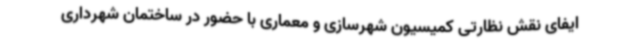
ایفای نقش نظارتی کمیسیون شهرسازی و معماری با حضور در ساختمان شهرداری